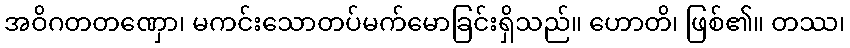
အဝိဂတတဏှော၊ မကင်းသောတပ်မက်မောခြင်းရှိသည်။ ဟောတိ၊ ဖြစ်၏။ တဿ၊